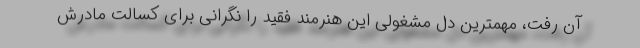
آن رفت، مهمترین دل مشغولی این هنرمند فقید را نگرانی برای کسالت مادرش